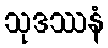
သုဒဿနံ